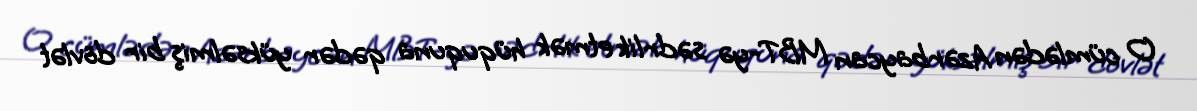
O cümlədən Azərbaycan MBT-yə sədrlik etmək hüququna qədər yüksəlmiş bir dövlət